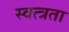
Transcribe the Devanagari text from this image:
स्वत्त्रता